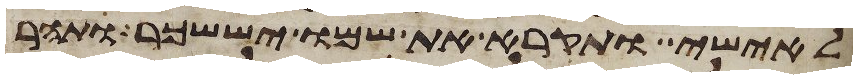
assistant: לאישי ותקרא את שמו יששכר ותהר